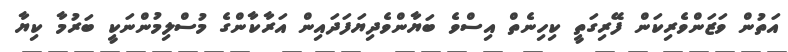
އަތުން ވަޒަންވެރިކަން ފޭރިގަތީ ކިހިނެތް އިސްވެ ބަޔާންވެދިޔަފަދައިން އަރާކާންގެ މުސްލިމުންނަކީ ބަރުމާ ކިޔާ